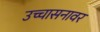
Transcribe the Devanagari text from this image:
उच्चासनावर